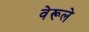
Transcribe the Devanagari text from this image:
वेरूले